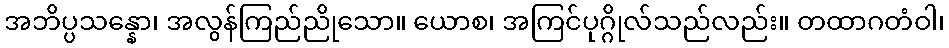
အဘိပ္ပသန္နော၊ အလွန်ကြည်ညိုသော။ ယောစ၊ အကြင်ပုဂ္ဂိုလ်သည်လည်း။ တထာဂတံဝါ၊